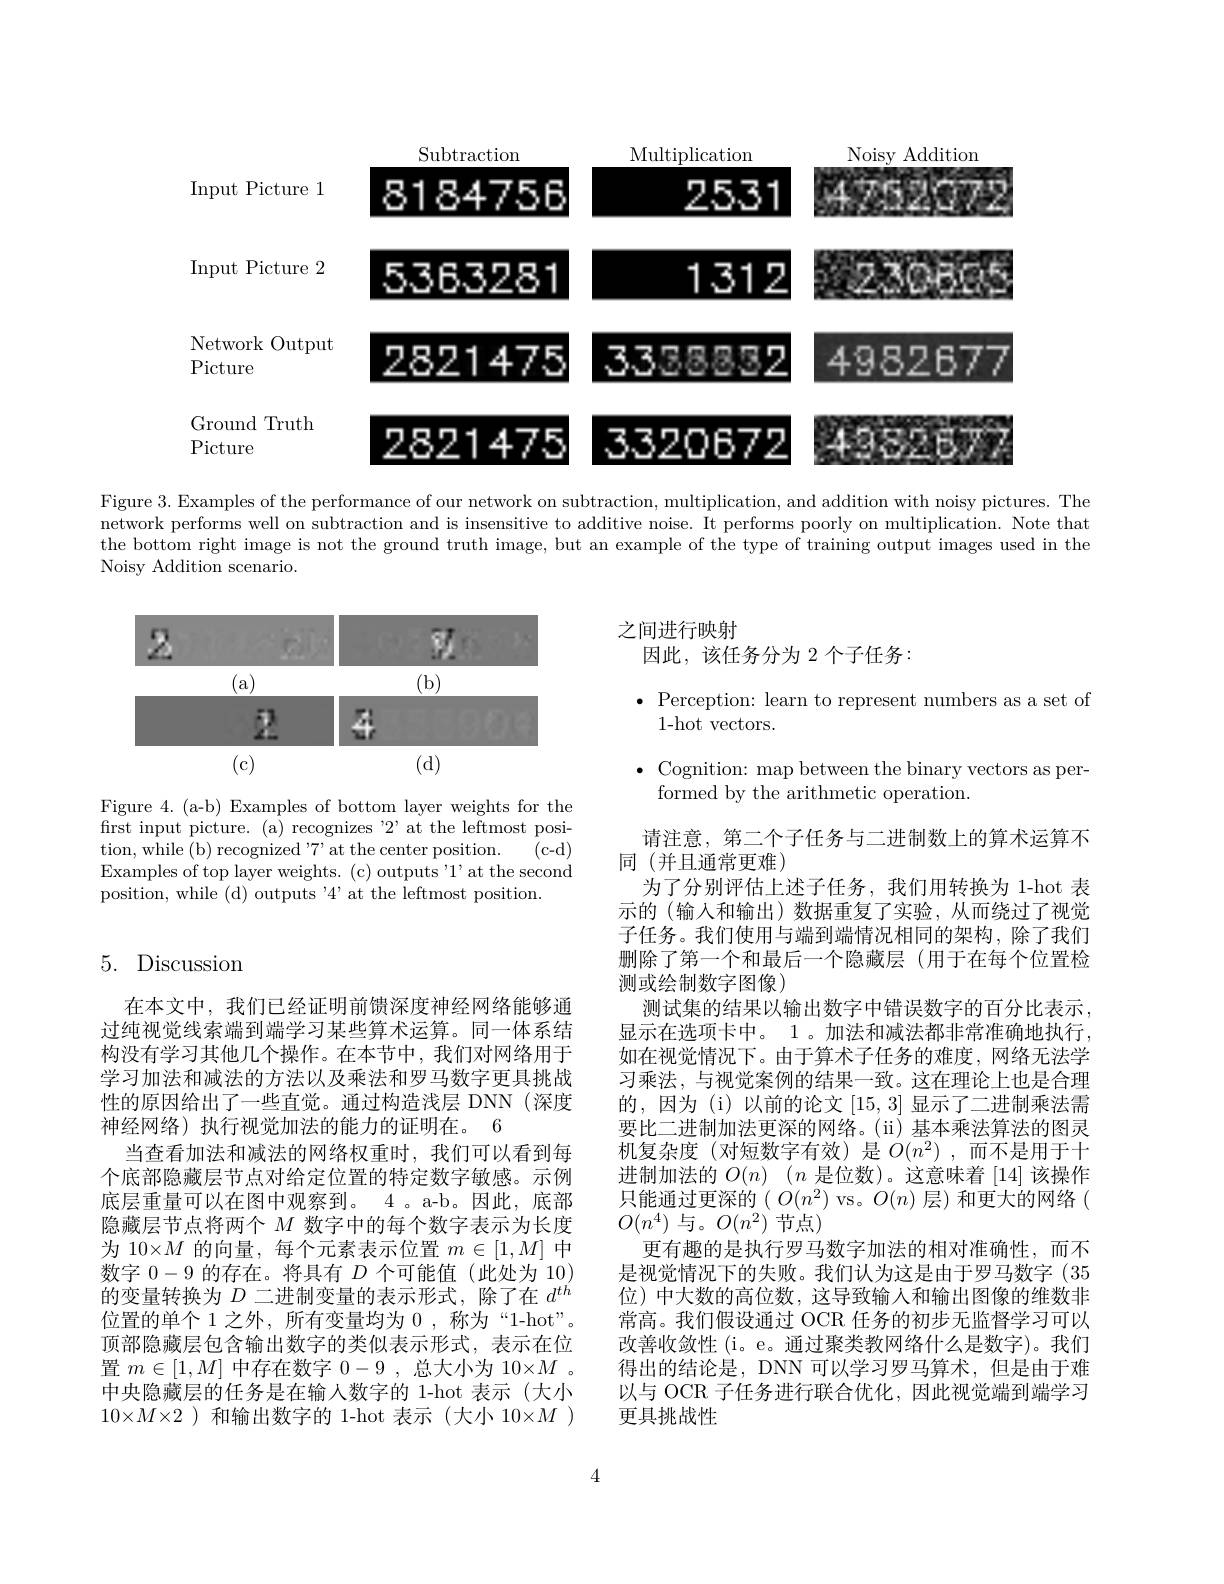
<FigureHere>

Input Picture 1 Input Picture 2 Ground Truth

Network Picture Picture

Figure 3. Examples of the performance of our network on subtraction, multiplication, and addition with noisy pictures. The network performs well on subtraction and is insensitive to additive noise. It performs poorly on multiplication. Note that the bottom right image is not the ground truth image, but an example of the type of training output images used in the Noisy Addition scenario.

之间进行映射
因此，该任务分为 2 个子任务：

<FigureHere>

$\bullet$ Perception: learn to represent numbers as a set of
1-hot vectors.

$\bullet$ Cognition: map between the binary vectors as per-

Figure 4. (a-b) Examples of bottom layer weights for the first input picture. (a) recognizes '2' at the leftmost posi-
(c-d)
tion, while ( b) recognized " $7^{\prime }$at the center position.
Examples of top layer weights. (c) outputs '1' at the second
position, while (d) outputs '4' at the leftmost position.

# 5. Discussion

formed by the arithmetic operation.
请注意，第二个子任务与二进制数上的算术运算不
同(并且通常更难)
为了分别评估上述子任务，我们用转换为 1-hot 表示的(输入和输出)数据重复了实验，从而绕过了视觉子任务。我们使用与端到端情况相同的架构，除了我们删除了第一个和最后一个隐藏层(用于在每个位置检测或绘制数字图像)
测试集的结果以输出数字中错误数字的百分比表示， 显示在选项卡中。1。加法和减法都非常准确地执行， 如在视觉情况下。由于算术子任务的难度，网络无法学习乘法，与视觉案例的结果一致。这在理论上也是合理的，因为 (i) 以前的论文[15,3]显示了二进制乘法需要比二进制加法更深的网络。(ii) 基本乘法算法的图灵机复杂度(对短数字有效)是$O(n^2)$ ,而不是用于十进制加法的$O( n)$ $( n$是位数)。这意味着 [14]该操作只能通过更深的$(O(n^2)$ vs。$O(n)$ 层)和更大的网络( $O(n^{4})$ 与。$O(n^{2})$节点)
更有趣的是执行罗马数字加法的相对准确性，而不是视觉情况下的失败。我们认为这是由于罗马数字(35位)中大数的高位数，这导致输入和输出图像的维数非常高。我们假设通过 OCR 任务的初步无监督学习可以改善收敛性 (i。e。通过聚类教网络什么是数字)。我们得出的结论是，DNN 可以学习罗马算术，但是由于难以与 OCR 子任务进行联合优化，因此视觉端到端学习更具挑战性

在本文中，我们已经证明前馈深度神经网络能够通过纯视觉线索端到端学习某些算术运算。同一体系结构没有学习其他几个操作。在本节中，我们对网络用于学习加法和减法的方法以及乘法和罗马数字更具挑战性的原因给出了一些直觉。通过构造浅层 DNN(深度神经网络)执行视觉加法的能力的证明在。6
当查看加法和减法的网络权重时，我们可以看到每个底部隐藏层节点对给定位置的特定数字敏感。示例底层重量可以在图中观察到。4 。a-b。因此，底部隐藏层节点将两个$M$数字中的每个数字表示为长度为 10×$M$的向量，每个元素表示位置$m\in[1,M]$中数字0-9的存在。将具有$D$个可能值(此处为 10) 的变量转换为$D$二进制变量的表示形式，除了在$d^{th}$ 位置的单个 1 之外，所有变量均为 0 , 称为“1-hot”。顶部隐藏层包含输出数字的类似表示形式，表示在位置$m\in[1,M]$中存在数字0-9 ,总大小为 10×$M$ 。中央隐藏层的任务是在输人数字的 1-hot 表示 (大小$10\times M\times2$ )和输出数字的 1-hot 表示 (大小 10×$M$ )

4